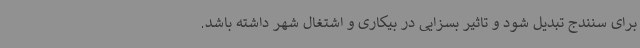
برای سنندج تبدیل شود و تاثیر بسزایی در بیکاری و اشتغال شهر داشته باشد.